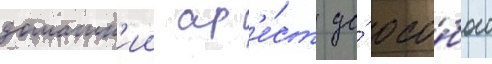
домашн'ии ар'е́ст до́ осо́бого